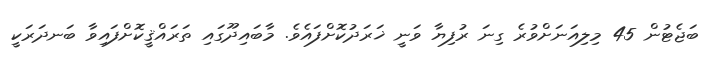
ބަޖެޓުން 45 މިލިއަނަށްވުރެ ގިނަ ރުފިޔާ ވަނީ ޚަރަދުކޮށްފައެވެ. މާބައިދޫގައި ތަރައްޤީކޮށްފައިވާ ބަނދަރަކީ